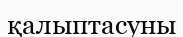
қалыптасуны